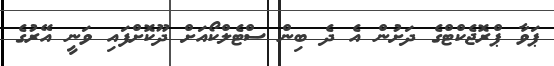
ޕަވާ ޕްރޮޖެކްޓްގެ ދަށުން އެ ދެ ބިން ސްޓެލްކޯއަށް ދޫކޮށްފައި ވަނީ އޭރުގެ